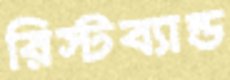
রিস্টব্যান্ড